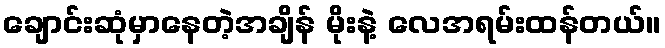
ချောင်းဆုံမှာနေတဲ့အချိန် မိုးနဲ့ လေအရမ်းထန်တယ်။